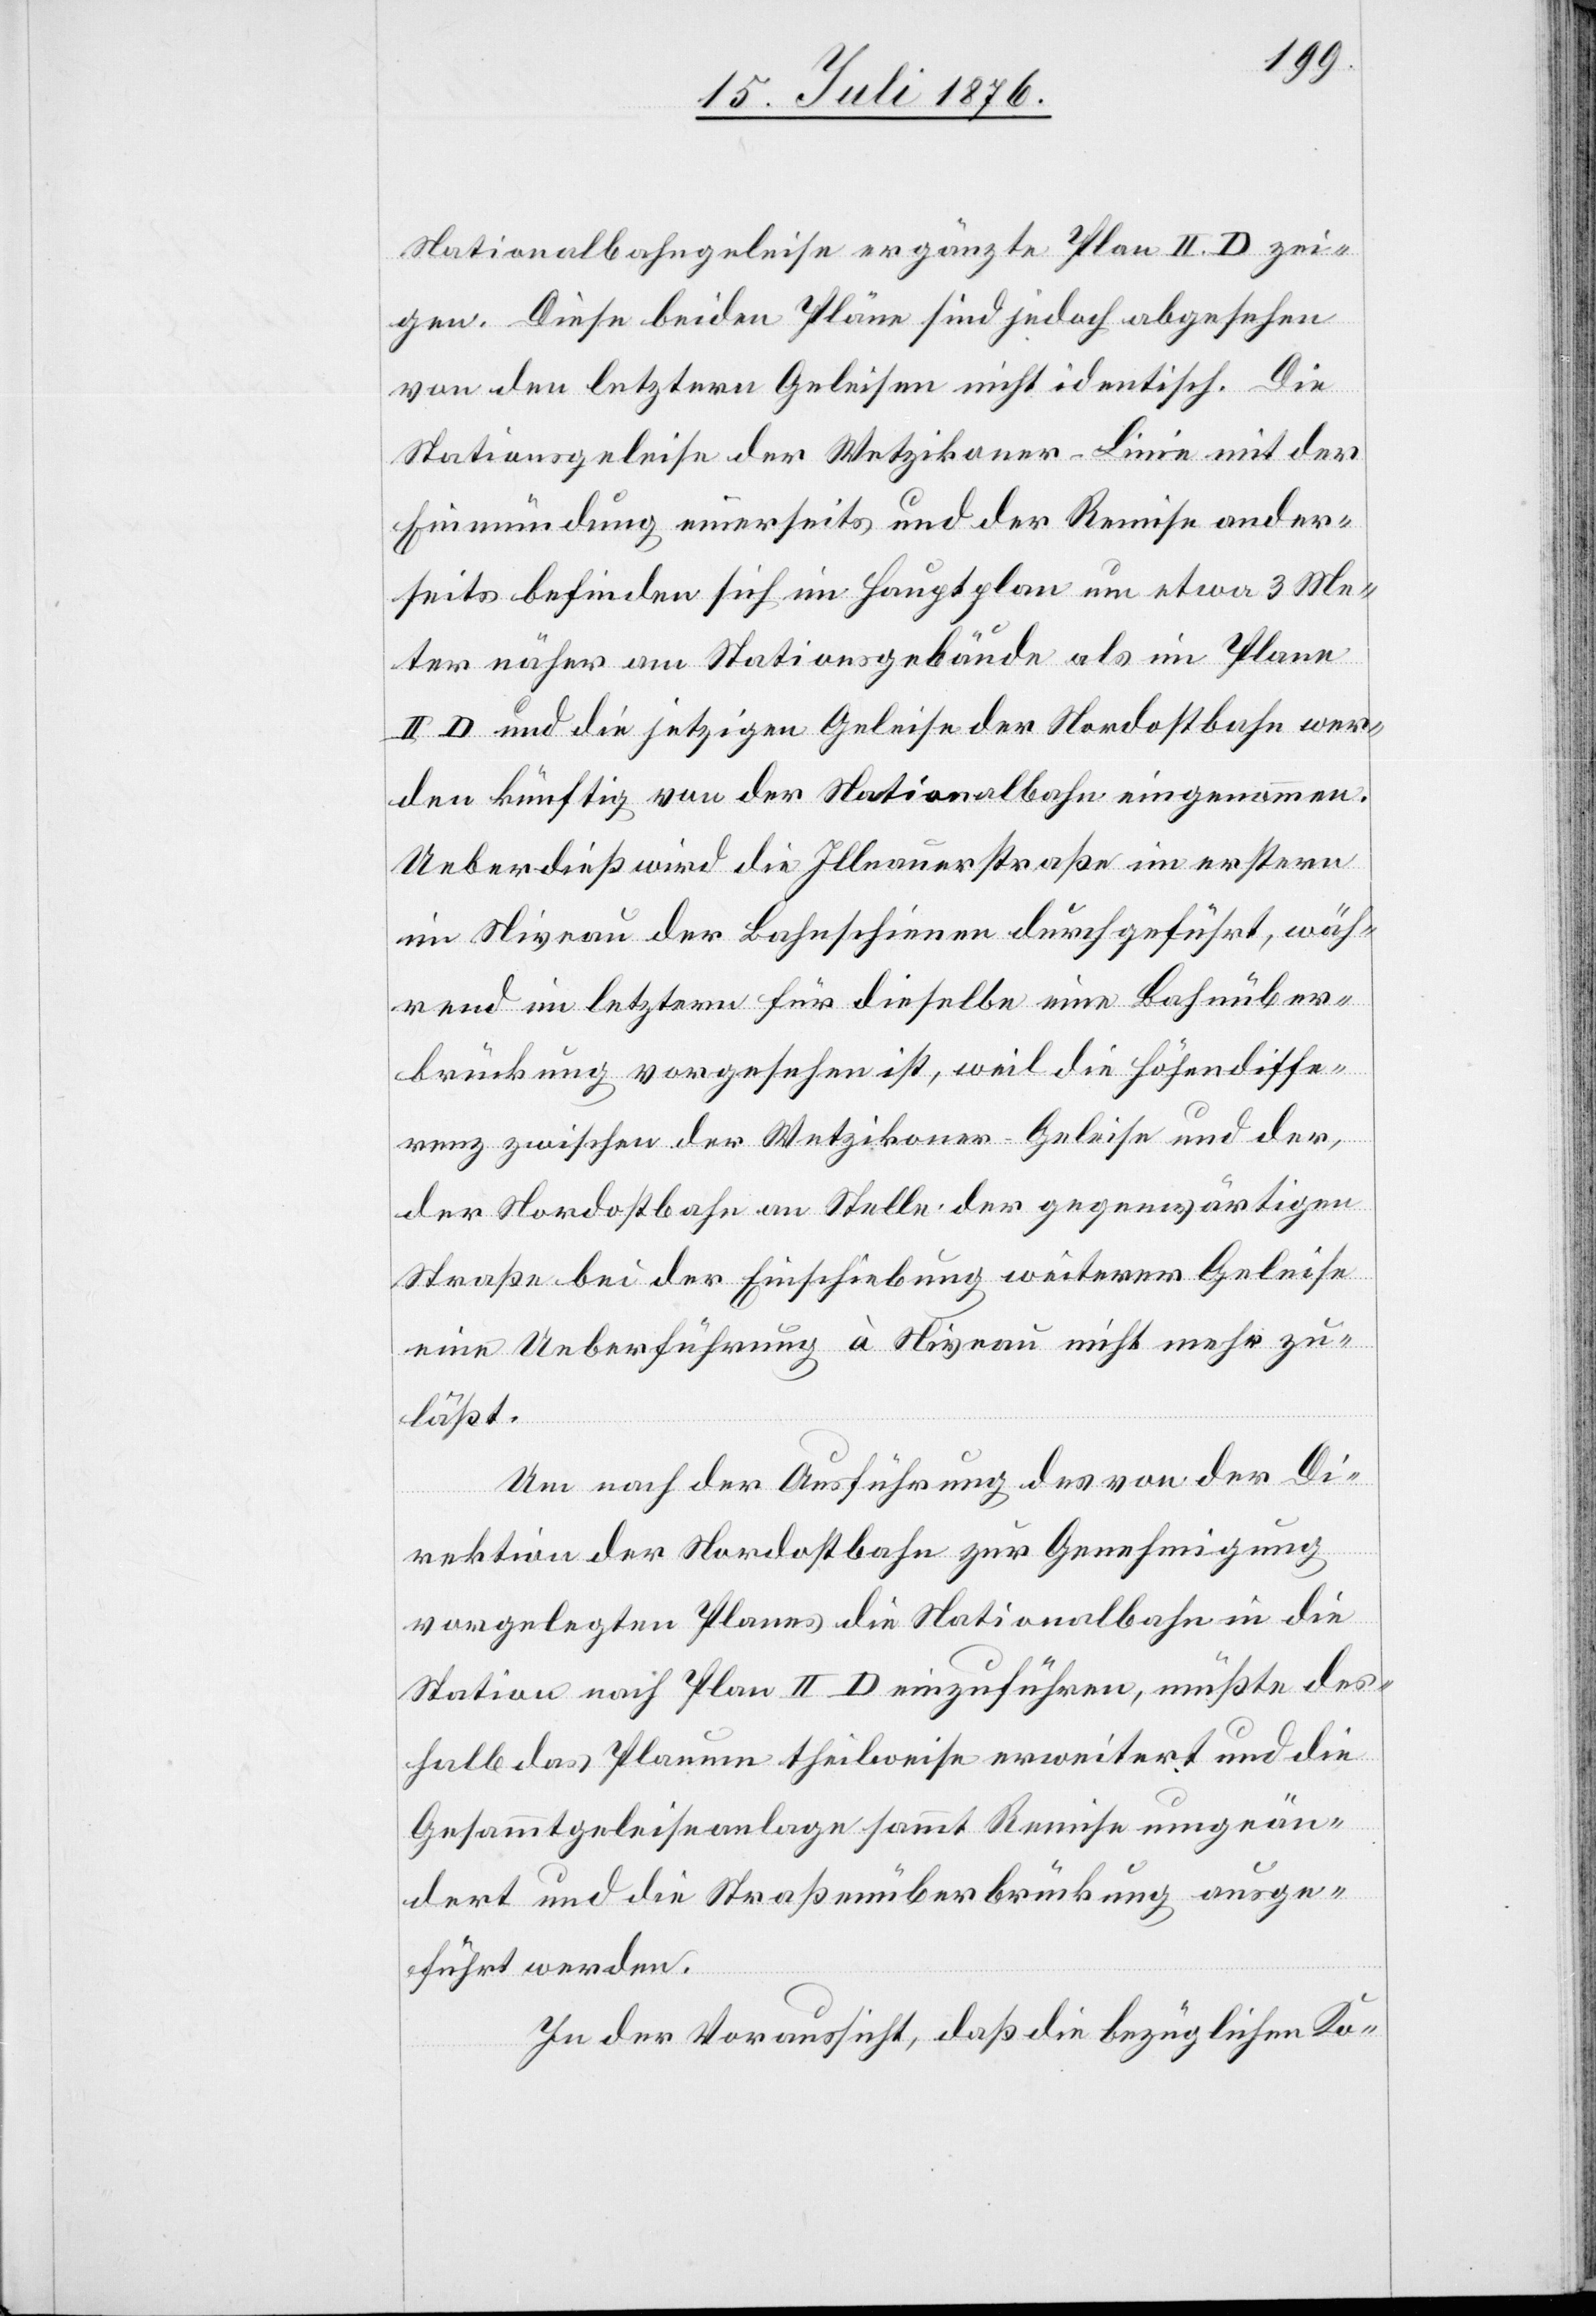
Nationalbahngeleise ergänzte Plan II D zei¬
gen. Diese beiden Pläne sind jedoch angesehen
von den letztern Geleisen nicht identisch. Die
Stationsgeleise der Wetzikoner-Linie mit der
Einmündung einerseits und der Remise ander¬
seits befinden sich im Hauptplan um etwa 3 Me¬
ter näher am Stationsgebäude als im Plane
II D und die jetzigen Geleise der Nordostbahn wer¬
den künftig von der Nationalbahn eingenommen.
Ueberdieß wird die Illnauerstraße im erstern
im Niveau der Bahnschienen durchgeführt, wäh¬
rend im Letztern für dieselbe eine Bahnüber¬
brückung vorgesehen ist, weil die Höhendiffe¬
renz zwischen der Wetzikoner-Geleise und der,
der Nordostbahn an Stelle der gegenwärtigen
Straße bei der Einschiebung weiterer Geleise
eine Ueberführung à Niveau nicht mehr zu¬
läßt.
Um nach der Ausführung des von der Di¬
rektion der Nordostbahn zur Genehmigung
vorgelegten Planes die Nationalbahn in die
Station nach Plan II D einzuführen, müßte des¬
halb das Planum theilweise erweitert und die
Gesammtgeleiseanlage sammt Remise umgeän¬
dert und die Straßenüberbrückung ausge¬
führt werden.
In der Voraussicht, das die bezüglichen Ko-